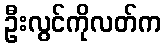
ဦးလွင်ကိုလတ်က